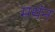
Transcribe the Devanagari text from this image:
मथंन